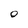
Character: 0